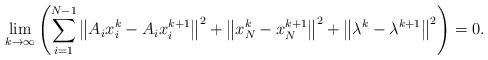
LaTeX: \begin{align*}\lim\limits_{k\rightarrow\infty} \left( \sum_{i=1}^{N-1} \left\| A_i x_i^k - A_i x_i^{k+1} \right\|^2 + \left\| x_N^k - x_N^{k+1} \right\|^2 + \left\| \lambda^k - \lambda^{k+1} \right\|^2 \right)= 0.\end{align*}